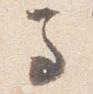
馬